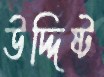
উদ্দিষ্ট